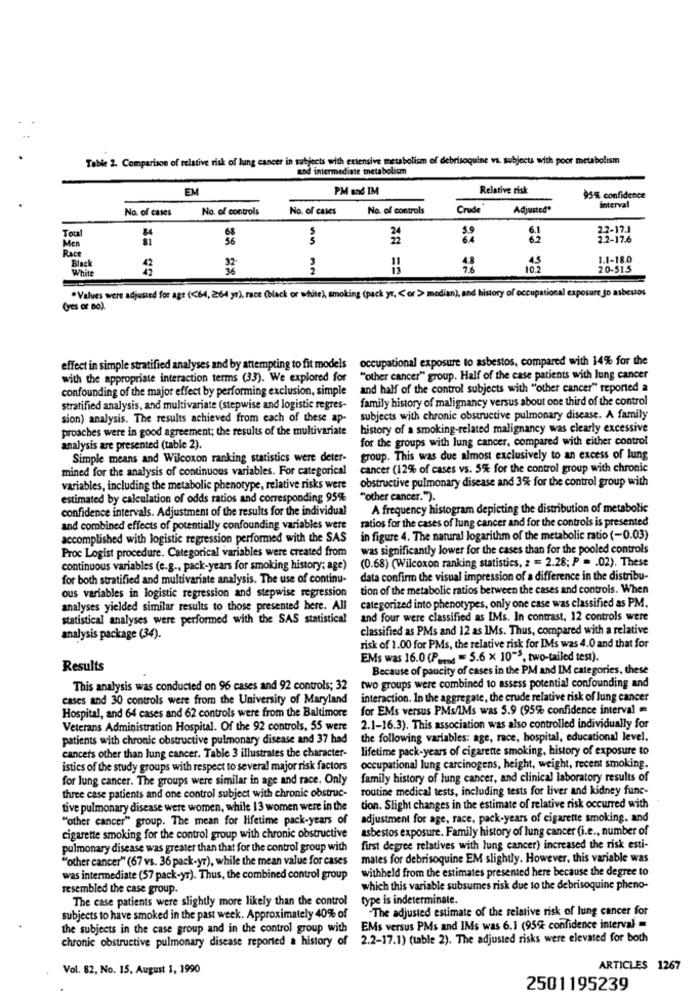
Table 2. Comparison of relative risk of lung cancer in subjects with extensive metabolism of debrisoquine va. subjects with poor metabolism
and intermediate metabolism
EM
PM and IM
Relative risk
95% confidence
No. of cases
No. of controls
No. of cases
No. of controls
Crude
Adjusted*
interval
2.2-17.1
Men
Total
2.2-17.6
Race
Black
1.1-18.0
White
36
2
10.2
20-515
.Values were adjusted for age (<64, 264 yr), race (black or white), smoking (pack yr, < or > median), and history of occupational exposure so asbestos
Ces or Bo).
occupational exposure to asbestos, compared with 14% for the
effect in simple stratified analyses and by attempting to fit models
with the appropriate interaction terms (33). We explored for
"other cancer" group. Half of the case patients with lung cancer
confounding of the major effect by performing exclusion, simple
and half of the control subjects with "other cancer" reported a
family history of malignancy versus about one third of the control
stratified analysis, and multivariate (stepwise and logistic regres-
sion) analysis. The results achieved from each of these ap-
subjects with chronic obstructive pulmonary disease. A family
proaches were in good agreement; the results of the multivariate
history of a smoking-related malignancy was clearly excessive
for the groups with lung cancer, compared with either control
analysis are presented (table 2).
Simple means and Wilcoxon ranking statistics were deter-
group. This was due almost exclusively to an excess of lung
mined for the analysis of continuous variables. For categorical
cancer (12% of cases vs. 5% for the control group with chronic
obstructive pulmonary disease and 3% for the control group with
variables, including the metabolic phenotype, relative risks were
estimated by calculation of odds ratios and corresponding 95%
"other cancer.").
confidence intervals. Adjustment of the results for the individual
A frequency histogram depicting the distribution of metabolic
ratios for the cases of lung cancer and for the controls is presented
and combined effects of potentially confounding variables were
accomplished with logistic regression performed with the SAS
in figure 4. The natural logarithm of the metabolic ratio (-0.03)
Proc Logist procedure. Categorical variables were created from
was significantly lower for the cases than for the pooled controls
(0.68) (Wilcoxon ranking statistics, z == 2.28; P = . 02). These
continuous variables (e.g ., pack-years for smoking history; age)
for both stratified and multivariate analysis. The use of continu-
data confirm the visual impression of a difference in the distribu-
ous variables in logistic regression and stepwise regression
tion of the metabolic ratios between the cases and controls. When
analyses yielded similar results to those presented here. All
categorized into phenotypes, only one case was classified as PM.
statistical analyses were performed with the SAS statistical
and four were classified as IMs. In contrast, 12 controls were
classified as PMs and 12 as 1Ms. Thus, compared with a relative
analysis package (34).
risk of 1.00 for PMs, the relative risk for IMs was 4.0 and that for
EMs was 16.0 (P ..... = 5.6 × 10-5, two-tailed test).
Results
Because of paucity of cases in the PM and IM categories, these
This analysis was conducted on 96 cases and 92 controls; 32
two groups were combined to assess potential confounding and
cases and 30 controls were from the University of Maryland
interaction. In the aggregate, the crude relative risk of lung cancer
Hospital, and 64 cases and 62 controls were from the Baltimore
for EMs versus PMs/LMs was 5.9 (95%% confidence interval =
Veterans Administration Hospital. Of the 92 controls, 55 were
2.1-16.3). This association was also controlled individually for
patients with chronic obstructive pulmonary disease and 37 had
the following variables: age, race, hospital, educational level.
cancers other than lung cancer. Table 3 illustrates the character-
lifetime pack-years of cigarette smoking, history of exposure to
istics of the study groups with respect to several major risk factors
occupational lung carcinogens, height, weight, recent smoking.
for lung cancer. The groups were similar in age and race. Only
family history of lung cancer, and clinical laboratory results of
routine medical tests, including tests for liver and kidney func-
three case patients and one control subject with chronic obstruc-
tive pulmonary disease were women, while 13 women were in the
tion. Slight changes in the estimate of relative risk occurred with
"other cancer" group. The mean for lifetime pack-years of
adjustment for age, race, pack-years of cigarette smoking. and
asbestos exposure. Family history of lung cancer (i.e ., number of
cigarette smoking for the control group with chronic obstructive
pulmonary disease was greater than that for the control group with
first degree relatives with lung cancer) increased the risk esti-
""other cancer" (67 vs. 36 pack-yr), while the mean value for cases
mates for debrisoquine EM slightly. However, this variable was
withheld from the estimates presented here because the degree to
was intermediate (57 pack-yr). Thus, the combined control group
resembled the case group.
which this variable subsumes risk due to the debrisoquine pheno-
The case patients were slightly more likely than the control
type is indeterminate.
"The adjusted estimate of the relative risk of lung cancer for
subjects to have smoked in the past week. Approximately 40% of
the subjects in the case group and in the control group with
EMs versus PMs and IMs was 6.1 (95% confidence interval =
chronic obstructive pulmonary disease reported a history of 2.2-17.1) (table 2). The adjusted risks were elevated for both
Vol. 82, No. 15. August 1, 1990
ARTICLES 1267
2501195239